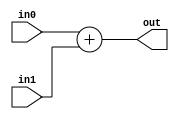
`timescale 1ns / 1ps
//////////////////////////////////////////////////////////////////////////////////
// Company: 
// Engineer: 
// 
// Design Name: 
// Module Name: adder
// Project Name: 
// Target Devices: 
// Tool Versions: 
// Description: 
// 
// Dependencies: 
// 
// Revision:
// Revision 0.01 - File Created
// Additional Comments:
// 
//////////////////////////////////////////////////////////////////////////////////


module adder(in0, in1, out);


input [63:0] in0;
input [63:0] in1;
output [63:0] out;

assign out = in0 + in1;

endmodule